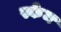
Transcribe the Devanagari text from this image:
स्केम